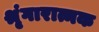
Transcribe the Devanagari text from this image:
श्रृंगारात्मक